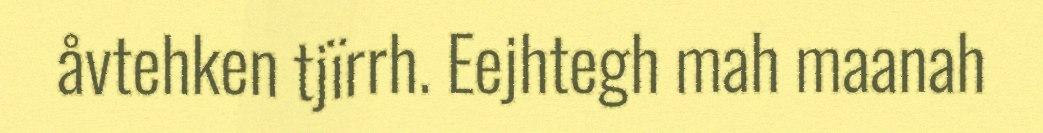
åvtehken tjïrrh. Eejhtegh mah maanah